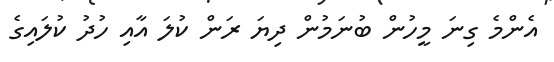
އެންމެ ގިނަ މީހުން ބުނަމުން ދިޔަ ރަން ކުލަ އާއި ހުދު ކުލައިގެ